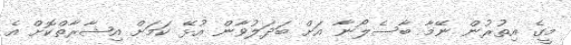
މީގެ އިތުރުން ނޭމާ ބާސެލޯނާ އަށް ބަދަލުވާން އުޅޭ ކަމަށް އިޝާރާތްކޮށް އެ